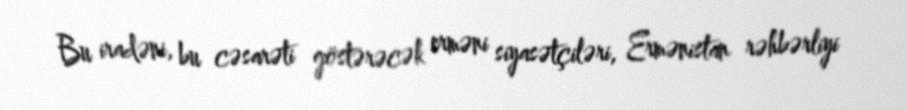
Bu iradəni, bu cəsarəti göstərəcək erməni siyasətçiləri, Ermənistan rəhbərliyi